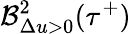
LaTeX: \mathcal{B}_{\Delta u>0}^{2}(\tau^{+})